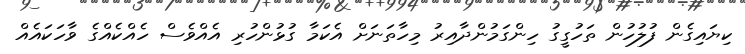
ކިޔައިގެން ފުލުހުން ތަހުގީގު ހިންގަމުންދާއިރު މިހާތަނަށް އެކަމާ ގުޅުންހުރި އެއްވެސް ހެއްކެއްގެ ވާހަކައެއް